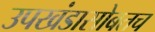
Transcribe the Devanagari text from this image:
उपखंडासोबतच